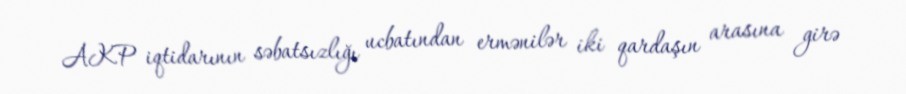
AKP iqtidarının səbatsızlığı ucbatından ermənilər iki qardaşın arasına girə